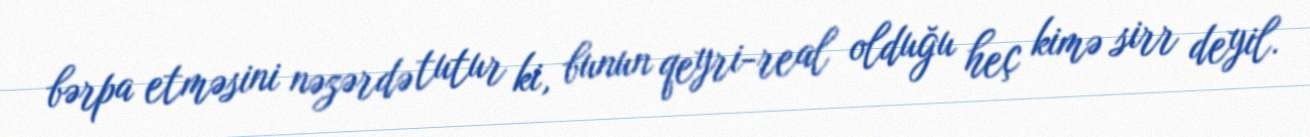
bərpa etməsini nəzərdə tutur ki, bunun qeyri-real olduğu heç kimə sirr deyil.